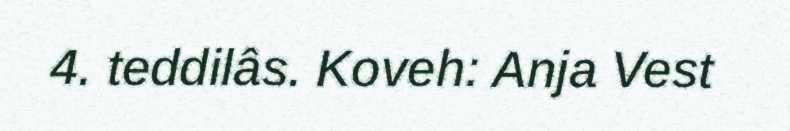
4. teddilâs. Koveh: Anja Vest